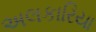
અલકારિયા